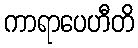
ကာရာပေဟီတိ